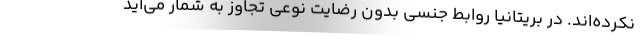
نکرده‌اند. در بریتانیا روابط جنسی بدون رضایت نوعی تجاوز به شمار می‌آید